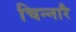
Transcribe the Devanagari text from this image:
चिन्नारै